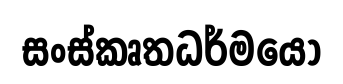
සංස්කෘතධර්මයෝ